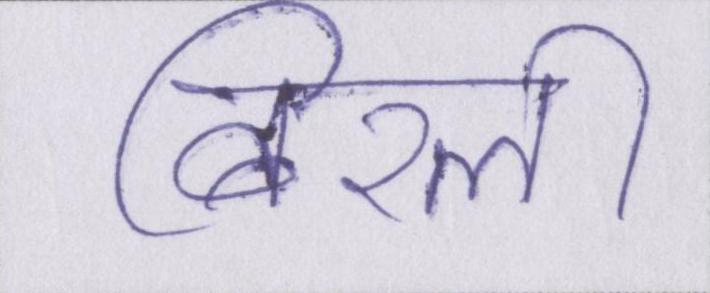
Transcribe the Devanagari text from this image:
बिरली